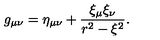
g _ { \mu \nu } = \eta _ { \mu \nu } + \frac { \xi _ { \mu } \xi _ { \nu } } { r ^ { 2 } - \xi ^ { 2 } } .